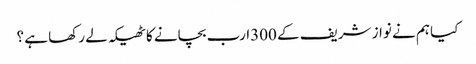
کیا ہم نے نواز شریف کے 300ارب بچانے کا ٹھیکہ لے رکھا ہے ؟